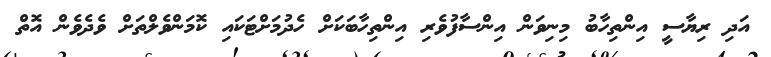
އަދި ރިޔާސީ އިންތިހާބު މިނިވަން އިންސާފުވެރި އިންތިހާބަކަށް ހެދުމަށްޓަކައި ކޮމަންވެލްތަށް ވެދެވެން އޮތް